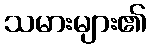
သမားများ၏